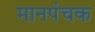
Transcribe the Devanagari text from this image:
मानपंचक